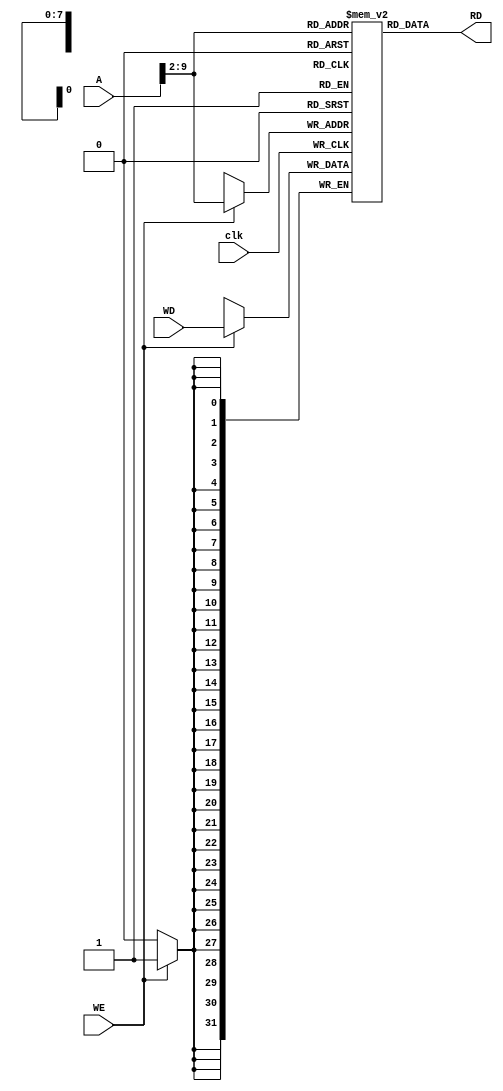
`timescale 1ns/1ps
module data_memory 
 (
    input                       clk, WE,
    input  [31:0]          WD, 
    input  [31:0]          A, 
    output [31:0]          RD
);  

// the data memory is a 1kB word-addressable RAM
    reg [31:0] memory [0:255]; 

    always @(posedge clk) 
    begin
        if (WE) 
        begin
            memory[A[9:2]] <= WD;  
        end
    end
    
    assign RD = memory[A[9:2]] ;   

endmodule